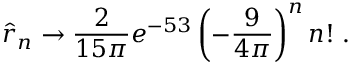
\hat { r } _ { n } \to { \frac { 2 } { 1 5 \pi } } e ^ { - 5 3 } \left( - { \frac { 9 } { 4 \pi } } \right) ^ { n } n ! \; .